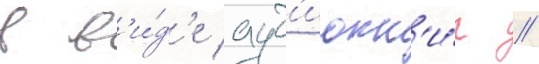
в в'и́д'е ауд'иокн'и́г //